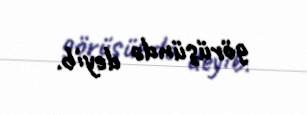
görüşündə deyib.